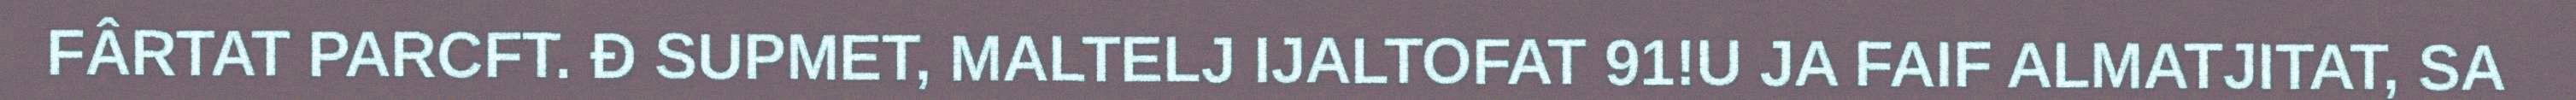
FÂRTAT PARCFT. Đ SUPMET, MALTELJ IJALTOFAT 91!U JA FAIF ALMATJITAT, SA